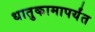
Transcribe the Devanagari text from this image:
धातुकामापर्यंत